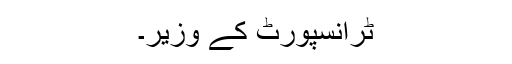
ٹرانسپورٹ کے وزیر۔